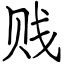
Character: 贱